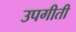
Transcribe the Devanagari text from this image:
उपगीती